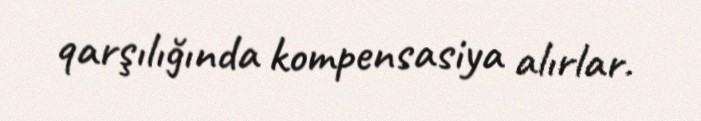
qarşılığında kompensasiya alırlar.